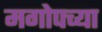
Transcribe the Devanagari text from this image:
मगोपच्या